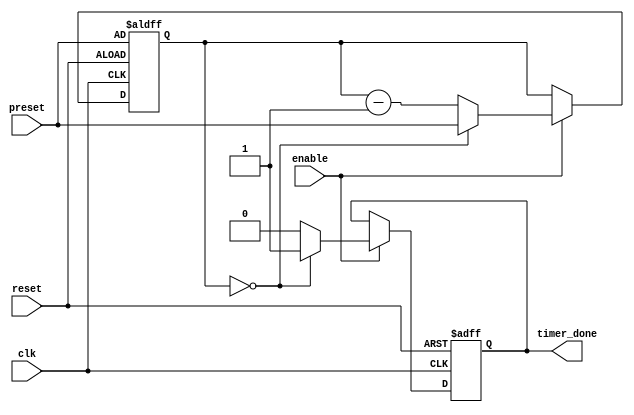
module countdown_timer (
    input wire clk,
    input wire reset,
    input wire enable,
    input wire [31:0] preset,
    output reg timer_done
);

reg [31:0] counter;

always @ (posedge clk or posedge reset) begin
    if (reset) begin
        counter <= preset;
        timer_done <= 0;
    end else if (enable) begin
        if (counter == 0) begin
            counter <= preset;
            timer_done <= 1;
        end else begin
            counter <= counter - 1;
            timer_done <= 0;
        end
    end
end

endmodule